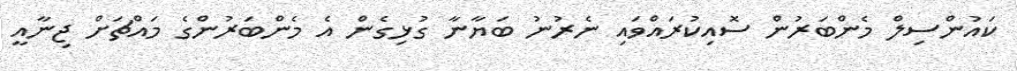
ކައުންސިލް މެންބަރުން ސޮއިކުރައްވައި ނެރުނު ބަޔާނާ ގުޅިގެން އެ މެންބަރުންގެ މައްޗަށް ޖިނާއީ